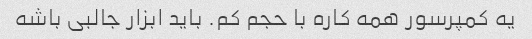
یه کمپرسور همه کاره با حجم کم. باید ابزار جالبی باشه